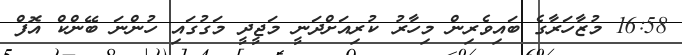
16:58 މުޒާހަރާގެ ބައިވެރިން މިހާރު ކުރިއަށްދަނީ މަޖީދީ މަގުގައި ހުންނަ ބޭންކް އޮފް